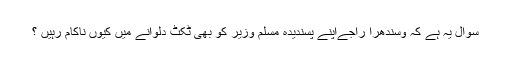
سوال یہ ہے کہ وسندھرا راجےاپنے پسندیدہ مسلم وزیر کو بھی ٹکٹ دلوانے میں کیوں ناکام رہیں ؟